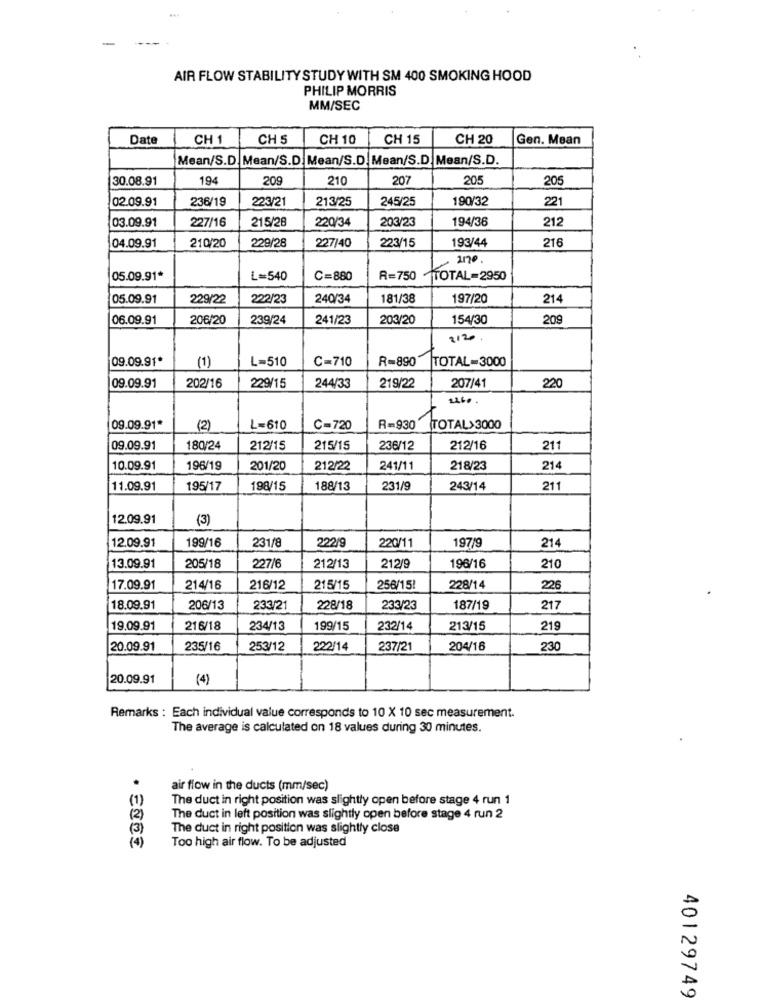
AIR FLOW STABILITY STUDY WITH SM 400 SMOKING HOOD
PHILIP MORRIS
MM/SEC
Date
CH 1
CH 5
CH 10
CH 15
CH 20
Gen. Mean
Mean/S.D. Mean/S.D. Mean/S.D. Mean/S.D. Mean/S.D.
30.08.91
194
209
210
207
205
205
02.09.91
236/19
223/21
213/25
245/25
190/32
221
03.09.91
203/23
194/36
212
227/16
215/28
220/34
04.09.91
229/28
227/40
223/15
193/44
216
210/20
2170
05.09.91*
L=540
C=880
R=750
TOTAL=2950
05.09.91
229/22
222/23
240/34
181/38
197/20
214
06.09.91
206/20
239/24
241/23
203/20
154/30
209
2120
09.09.91*
(1)
L=510
C=710
R=890
TOTAL=3000
09.09.91
219/22
202/16
229/15
244/33
207/41
220
09.09.91*
(2)
L=610
C=720
R=930
TOTAL> 3000
09.09.91
180/24
212/15
215/15
236/12
212/16
211
10.09.91
196/19
201/20
212/22
241/11
218/23
214
11.09.91
195/17
198/15
188/13
231/9
243/14
211
12.09.91
(3)
12.09.91
199/16
231/8
222/9
220/11
197/9
214
13.09.91
205/18
227/6
212/13
212/9
196/16
210
17.09.91
214/16
216/12
215/15
256/15!
228/14
226
18.09.91
206/13
233/21
228/18
233/23
187/19
217
19.09.91
216/18
234/13
199/15
232/14
213/15
219
20.09.91
235/16
253/12
222/14
237/21
204/16
230
20.09.91
(4)
Remarks : Each individual value corresponds to 10 X 10 sec measurement.
The average is calculated on 18 values during 30 minutes.
.
air flow in the ducts (mm/sec)
( 1)
The duct in right position was slightly open before stage 4 run 1
(2 )
The duct in left position was slightly open before stage 4 run 2
(3)
The duct in right position was slightly close
(4)
Too high air flow. To be adjusted
40129749